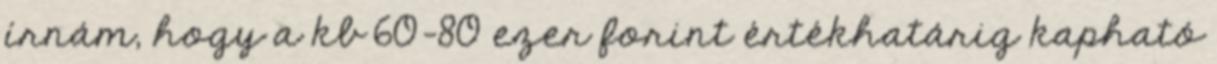
írnám, hogy a kb 60-80 ezer forint értékhatárig kapható